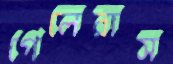
গেলেরাস